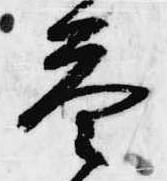
答